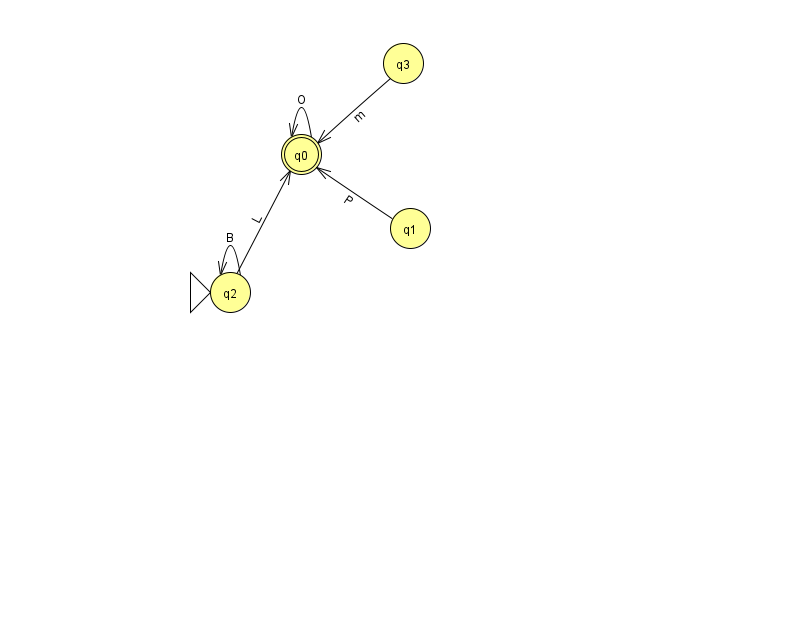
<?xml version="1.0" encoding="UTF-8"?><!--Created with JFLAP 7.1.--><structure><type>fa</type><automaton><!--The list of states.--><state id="0" name="q0"><x>301.0</x><y>141.0</y><final/></state><state id="1" name="q1"><x>410.0</x><y>215.0</y></state><state id="2" name="q2"><x>230.0</x><y>279.0</y><initial/></state><state id="3" name="q3"><x>403.0</x><y>50.0</y></state><!--The list of transitions.--><transition><from>2</from><to>2</to><read>B</read></transition><transition><from>3</from><to>0</to><read>m</read></transition><transition><from>1</from><to>0</to><read>P</read></transition><transition><from>2</from><to>0</to><read>L</read></transition><transition><from>0</from><to>0</to><read>O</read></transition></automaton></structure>